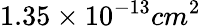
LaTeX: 1.35\times 10^{-13}cm^{2}